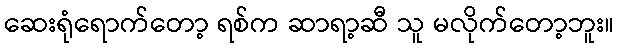
ဆေးရုံရောက်တော့ ရစ်က ဆာရာ့ဆီ သူ မလိုက်တော့ဘူး။